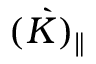
\grave { ( K ) _ { \parallel } }